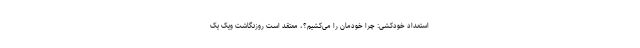
استعداد خودکشی: چرا خودمان را می‌کشیم؟، معتقد است روزنگاشت ویک یک